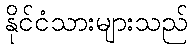
နိုင်ငံသားများသည်